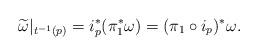
LaTeX: \begin{align*}\widetilde{\omega}|_{t^{-1}(p)}=i_p^\ast(\pi_1^\ast\omega)=(\pi_1\circ i_p)^\ast\omega.\end{align*}